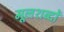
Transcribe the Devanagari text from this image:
मूलशब्दों